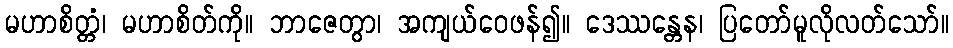
မဟာစိတ္တံ၊ မဟာစိတ်ကို။ ဘာဇေတွာ၊ အကျယ်ဝေဖန်၍။ ဒေဿန္တေန၊ ပြတော်မူလိုလတ်သော်။